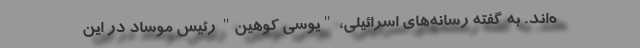
ه‌اند. به گفته رسانه‌های اسرائیلی، "یوسی کوهین" رئیس موساد در این